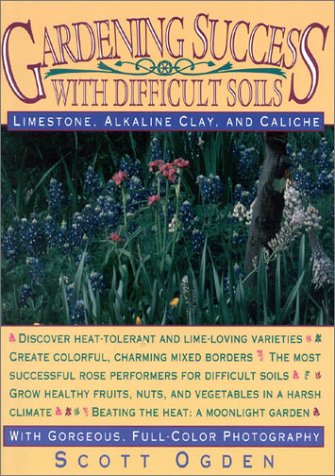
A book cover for Gardening Success with Difficult Soils: Limestone, Alkaline Clay, and Caliche Soils; Scott Ogden; Crafts, Hobbies & Home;